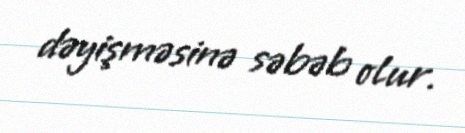
dəyişməsinə səbəb olur.